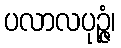
ပလာလပုဉ္ဇံ၊